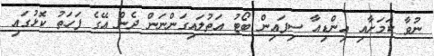
ނުވާ ކަމަށާއި އިންޑިއާ ސިފައިން ބޯޓު އަތުލައިގަންނަން ދެން އޭގެ ފަހަތު ކޮޅުގައި